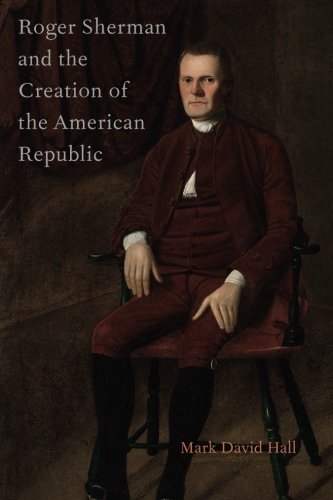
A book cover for Roger Sherman and the Creation of the American Republic; Mark David Hall; Biographies & Memoirs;